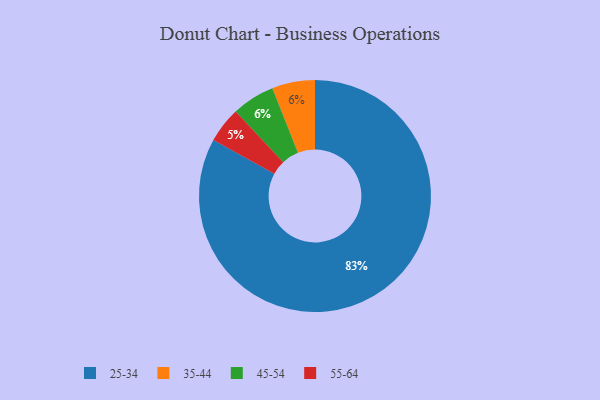
{"axis": {"x": "Category", "y": "Percentage"}, "legend": ["25-34", "35-44", "45-54", "55-64"], "data": [{"x": "35-44", "y": 6, "type": "35-44"}, {"x": "55-64", "y": 5, "type": "55-64"}, {"x": "25-34", "y": 83, "type": "25-34"}, {"x": "45-54", "y": 6, "type": "45-54"}]}